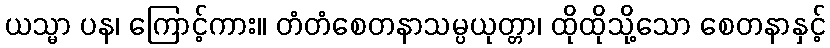
ယသ္မာ ပန၊ ကြောင့်ကား။ တံတံစေတနာသမ္ပယုတ္တာ၊ ထိုထိုသို့သော စေတနာနှင့်